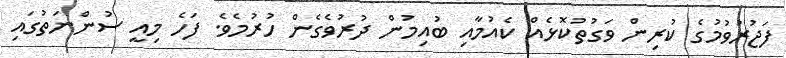
ފަޖުރުވުމުގެ ކުރިން ވަގުތުކޮޅެއް ކެއުމާއި ބުއިމުން ދުރުވެގެން ހުރުމެވެ. ފަހެ މިއީ ސުންނަތުގައި